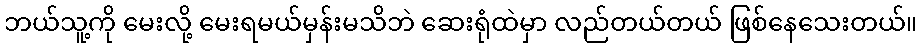
ဘယ်သူ့ကို မေးလို့ မေးရမယ်မှန်းမသိဘဲ ဆေးရုံထဲမှာ လည်တယ်တယ် ဖြစ်နေသေးတယ်။